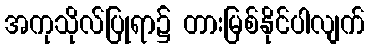
အကုသိုလ်ပြုရာ၌ တားမြစ်နိုင်ပါလျက်